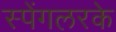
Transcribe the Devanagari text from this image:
स्पेंगलरके